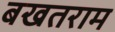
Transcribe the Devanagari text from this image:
बखतराम